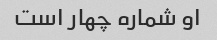
او شماره چهار است